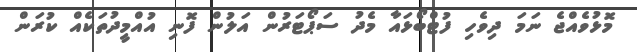
މޮޅުވެއްޖެ ނަމަ ދިވެހި ފުޓްބޯޅައާ މެދު ސަޕޯޓަރުން އަލުން ފޮނި އުއްމީދުތަކެއް ކުރަން